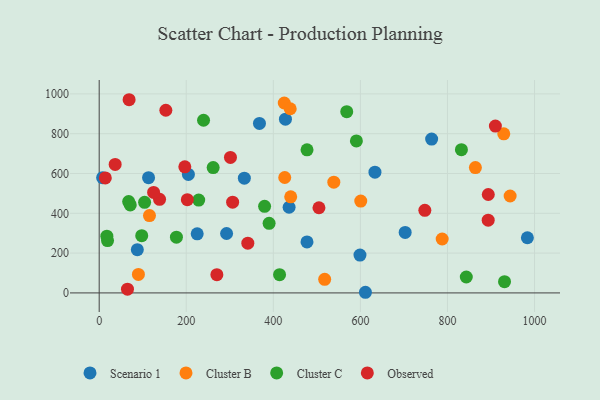
{"axis": {"x": "Speed", "y": "Salary"}, "legend": ["Cluster B", "Cluster C", "Observed", "Scenario 1"], "data": [{"x": "702.8", "y": 303.8, "type": "Scenario 1"}, {"x": "611.5", "y": 3.2, "type": "Scenario 1"}, {"x": "477.3", "y": 256.0, "type": "Scenario 1"}, {"x": "983.5", "y": 277.2, "type": "Scenario 1"}, {"x": "7.9", "y": 579.2, "type": "Scenario 1"}, {"x": "436.2", "y": 430.4, "type": "Scenario 1"}, {"x": "763.6", "y": 773.0, "type": "Scenario 1"}, {"x": "87.6", "y": 217.3, "type": "Scenario 1"}, {"x": "368.1", "y": 851.3, "type": "Scenario 1"}, {"x": "599.0", "y": 189.9, "type": "Scenario 1"}, {"x": "204.9", "y": 595.1, "type": "Scenario 1"}, {"x": "633.4", "y": 606.7, "type": "Scenario 1"}, {"x": "113.4", "y": 578.8, "type": "Scenario 1"}, {"x": "292.6", "y": 298.4, "type": "Scenario 1"}, {"x": "225.1", "y": 296.8, "type": "Scenario 1"}, {"x": "427.8", "y": 872.7, "type": "Scenario 1"}, {"x": "333.4", "y": 576.3, "type": "Scenario 1"}, {"x": "600.8", "y": 461.4, "type": "Cluster B"}, {"x": "943.9", "y": 486.8, "type": "Cluster B"}, {"x": "425.1", "y": 954.1, "type": "Cluster B"}, {"x": "90.1", "y": 92.7, "type": "Cluster B"}, {"x": "787.8", "y": 270.8, "type": "Cluster B"}, {"x": "439.9", "y": 482.7, "type": "Cluster B"}, {"x": "115.5", "y": 388.6, "type": "Cluster B"}, {"x": "929.3", "y": 799.2, "type": "Cluster B"}, {"x": "864.1", "y": 629.8, "type": "Cluster B"}, {"x": "517.9", "y": 68.4, "type": "Cluster B"}, {"x": "426.2", "y": 579.9, "type": "Cluster B"}, {"x": "538.9", "y": 556.2, "type": "Cluster B"}, {"x": "438.8", "y": 925.3, "type": "Cluster B"}, {"x": "104.3", "y": 455.2, "type": "Cluster C"}, {"x": "239.7", "y": 867.5, "type": "Cluster C"}, {"x": "228.6", "y": 466.4, "type": "Cluster C"}, {"x": "67.7", "y": 459.0, "type": "Cluster C"}, {"x": "19.2", "y": 262.7, "type": "Cluster C"}, {"x": "261.8", "y": 629.8, "type": "Cluster C"}, {"x": "97.7", "y": 287.7, "type": "Cluster C"}, {"x": "568.6", "y": 910.6, "type": "Cluster C"}, {"x": "17.6", "y": 285.3, "type": "Cluster C"}, {"x": "931.0", "y": 56.5, "type": "Cluster C"}, {"x": "477.4", "y": 719.1, "type": "Cluster C"}, {"x": "414.3", "y": 91.8, "type": "Cluster C"}, {"x": "390.3", "y": 349.4, "type": "Cluster C"}, {"x": "71.4", "y": 441.9, "type": "Cluster C"}, {"x": "832.0", "y": 719.5, "type": "Cluster C"}, {"x": "177.4", "y": 280.2, "type": "Cluster C"}, {"x": "379.9", "y": 434.9, "type": "Cluster C"}, {"x": "590.8", "y": 763.4, "type": "Cluster C"}, {"x": "843.2", "y": 79.9, "type": "Cluster C"}, {"x": "196.7", "y": 633.6, "type": "Observed"}, {"x": "138.7", "y": 470.4, "type": "Observed"}, {"x": "153.1", "y": 917.7, "type": "Observed"}, {"x": "893.5", "y": 365.4, "type": "Observed"}, {"x": "893.7", "y": 494.4, "type": "Observed"}, {"x": "36.7", "y": 645.4, "type": "Observed"}, {"x": "125.0", "y": 504.9, "type": "Observed"}, {"x": "202.5", "y": 468.3, "type": "Observed"}, {"x": "306.5", "y": 455.9, "type": "Observed"}, {"x": "504.8", "y": 427.9, "type": "Observed"}, {"x": "65.0", "y": 19.0, "type": "Observed"}, {"x": "748.0", "y": 414.9, "type": "Observed"}, {"x": "68.7", "y": 970.6, "type": "Observed"}, {"x": "301.5", "y": 680.6, "type": "Observed"}, {"x": "270.3", "y": 91.7, "type": "Observed"}, {"x": "14.1", "y": 577.6, "type": "Observed"}, {"x": "341.4", "y": 250.0, "type": "Observed"}, {"x": "910.0", "y": 838.4, "type": "Observed"}]}